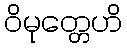
ဝိမုတ္တေဟိ